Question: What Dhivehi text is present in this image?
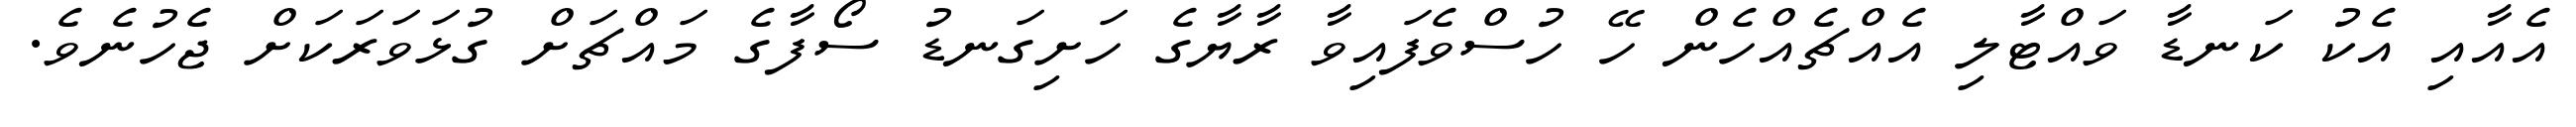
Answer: އެއާއި އެކު ކަނޑާ ވައްޓާލި އެއްޗެއްހެން ހޭ ހުސްވެފައިވާ ރާޔާގެ ހަށިގަނޑު ސޯފާގެ މައްޗަށް ގުޅަވަރަކަށް ޖެހުނެވެ.